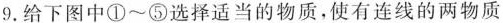
9. 给下图中①~⑤选择适当的物质，使有连线的两物质